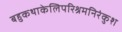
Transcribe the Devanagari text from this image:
बहुकथाकेलिपरिश्रमनिरंकुश